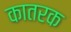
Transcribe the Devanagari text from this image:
कातरक